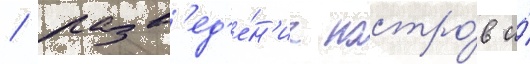
/ разв'ед'е́н'ие костро́в и́